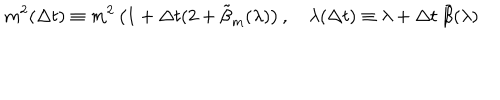
m ^ { 2 } ( \Delta t ) \equiv m ^ { 2 } \left( 1 + \Delta t ( 2 + \tilde { \beta } _ { m } ( \lambda ) \right) , \quad \lambda ( \Delta t ) \equiv \lambda + \Delta t ~ \tilde { \beta } ( \lambda )